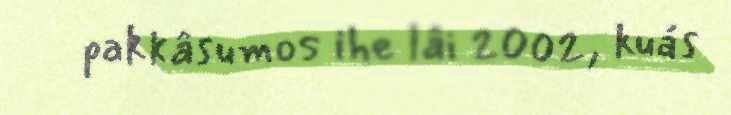
pakkâsumos ihe lâi 2002, kuás